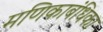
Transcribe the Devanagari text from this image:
मणिकाबंधिका